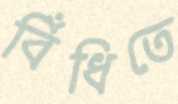
বিঁধিতে